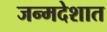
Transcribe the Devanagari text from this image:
जन्मदेशात